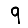
Digit: 9